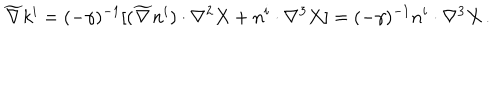
\widetilde \nabla k ^ { i } = ( - \gamma ) ^ { - 1 } [ ( \widetilde \nabla n ^ { i } ) \cdot \nabla ^ { 2 } X + n ^ { i } \cdot \nabla ^ { 3 } X ] = ( - \gamma ) ^ { - 1 } n ^ { i } \cdot \nabla ^ { 3 } X \, .